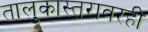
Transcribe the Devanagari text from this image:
तालुकास्तरावरही